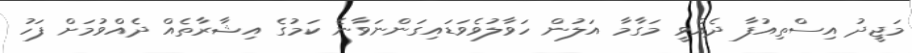
މަޖީދު އިސްތިއުފާ ދެއްވީ މަގާމާ އަލުން ހަވާލުވެވަޑައިގަންނަވާނެ ކަމުގެ އިޝާރާތެއް ދެއްވުމަށް ފަހު